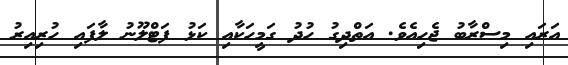
އަރައި މިސްރާބު ޖެހިއެވެ. އަތްދިގު ހުދު ގަމީހަކާއި ކަޅު ފަޓްލޫނު ލާފައި ހުރިއިރު